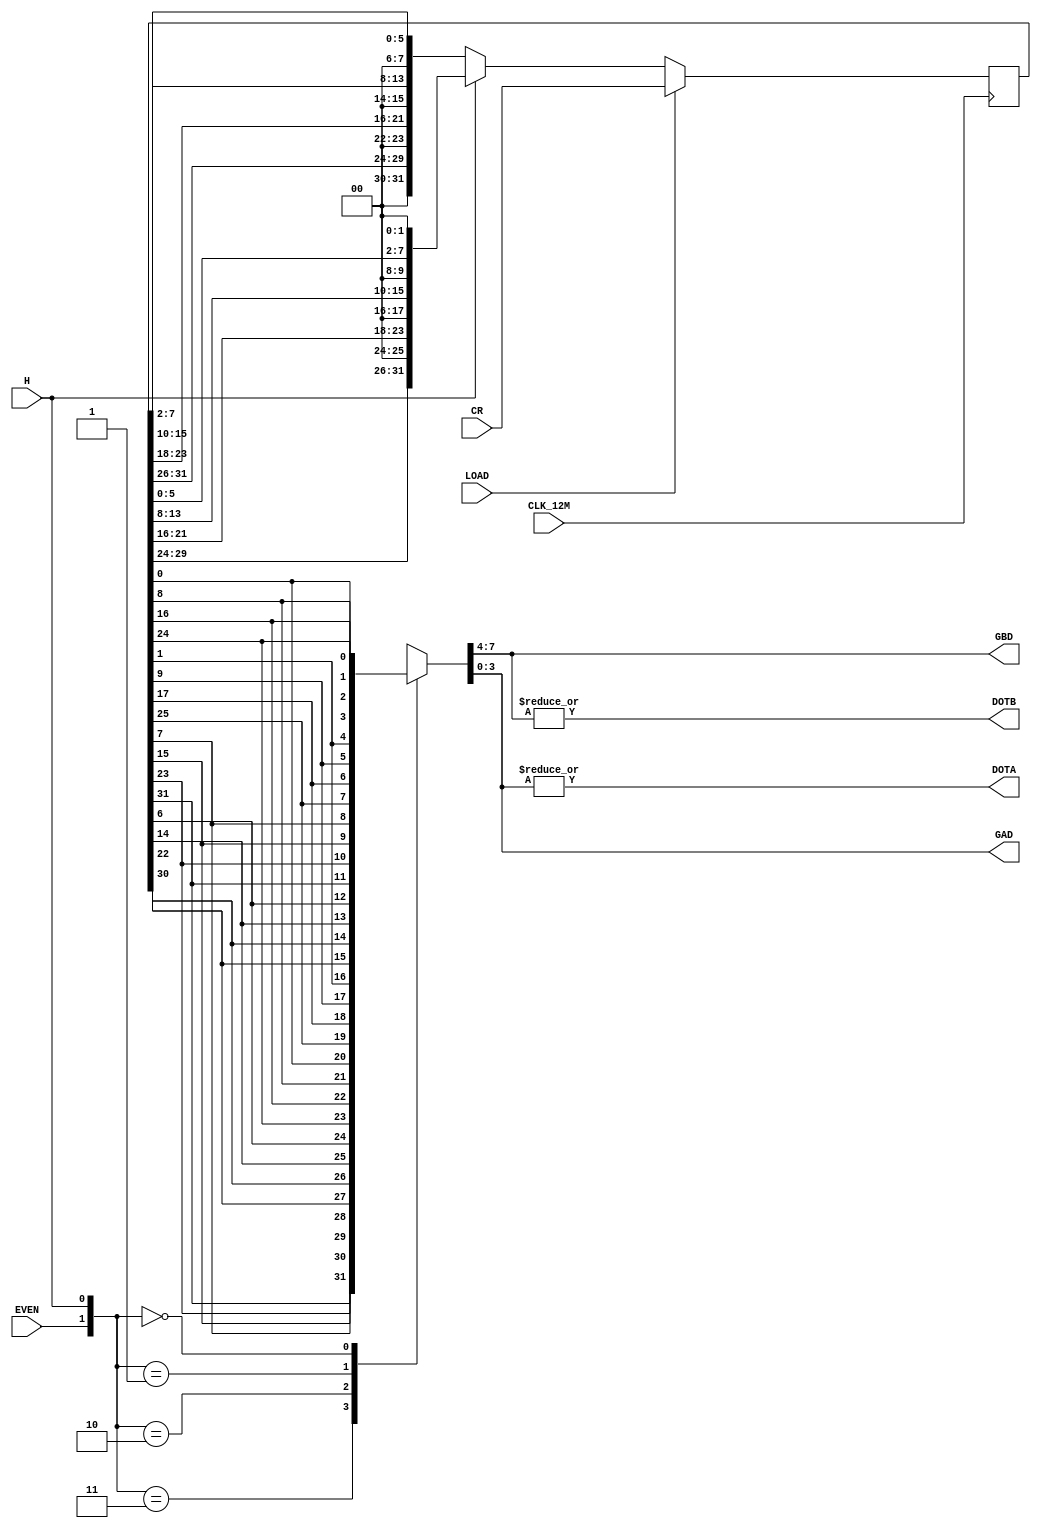
module zmc2_dot(
	input CLK_12M,
	input EVEN,
	input LOAD,
	input H,
	input [31:0] CR,
	output reg [3:0] GAD, GBD,
	output reg DOTA, DOTB
);

	reg [31:0] SR;

	always @(negedge CLK_12M)
	begin
		if (LOAD) SR <= CR;
		else if (H) SR <= {SR[29:24], 2'b00, SR[21:16], 2'b00, SR[13:8], 2'b00, SR[5:0], 2'b00};
		else SR <= {2'b00, SR[31:26], 2'b00, SR[23:18], 2'b00, SR[15:10], 2'b00, SR[7:2]};
	end
	
	// Load:			FEDCBA98 76543210 FEDCBA98 76543210
	// Shift H=0:	--FEDCBA --765432 --FEDCBA --765432 --> Two pixels right
	// Shift H=1:  DCBA98-- 543210-- DCBA98-- 543210-- <-- Two pixels left

	always @*
	begin
		case ({EVEN, H})
			3: {GBD, GAD} <= {SR[31], SR[23], SR[15], SR[7], SR[30], SR[22], SR[14], SR[6]};
			2: {GBD, GAD} <= {SR[24], SR[16],  SR[8], SR[0], SR[25], SR[17],  SR[9], SR[1]};
			1: {GBD, GAD} <= {SR[30], SR[22], SR[14], SR[6], SR[31], SR[23], SR[15], SR[7]};
			0: {GBD, GAD} <= {SR[25], SR[17],  SR[9], SR[1], SR[24], SR[16],  SR[8], SR[0]};
		endcase
		
		{DOTA, DOTB} <= {|GAD, |GBD};
	end
	
	// EVEN H  FEDCBA98 76543210 FEDCBA98 76543210
	//   0  0        BA       BA       BA       BA	Reverse shift, X is even
	//   0  1  AB       AB       AB       AB			Normal shift, X is even
	//   1  0        AB       AB       AB       AB	Reverse shift, X is odd
	//   1  1  BA       BA       BA       BA			Normal shift, X is odd
	
endmodule